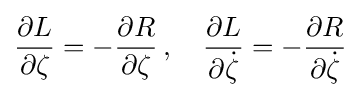
{\frac {\partial L}{\partial \zeta }}=-{\frac {\partial R}{\partial \zeta }}\,,\quad {\frac {\partial L}{\partial {\dot {\zeta }}}}=-{\frac {\partial R}{\partial {\dot {\zeta }}}}